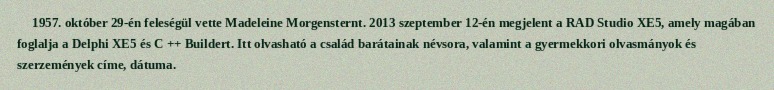
1957. október 29-én feleségül vette Madeleine Morgensternt. 2013 szeptember 12-én megjelent a RAD Studio XE5, amely magában foglalja a Delphi XE5 és C ++ Buildert. Itt olvasható a család barátainak névsora, valamint a gyermekkori olvasmányok és szerzemények címe, dátuma.